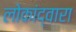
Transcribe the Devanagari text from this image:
लोकांद्वारा